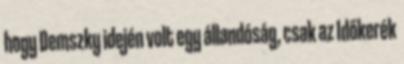
hogy Demszky idején volt egy állandóság, csak az Időkerék